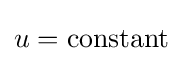
u={\text{constant}}